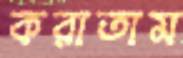
করাতাম